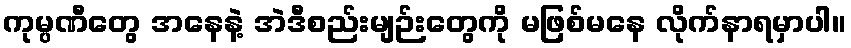
ကုမ္ပဏီတွေ အနေနဲ့ အဲဒီစည်းမျဉ်းတွေကို မဖြစ်မနေ လိုက်နာရမှာပါ။